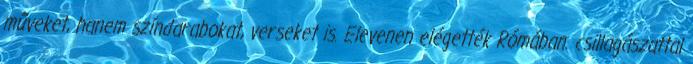
műveket, hanem színdarabokat, verseket is. Elevenen elégették Rómában. csillagászattal